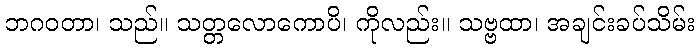
ဘဂဝတာ၊ သည်။ သတ္တလောကောပိ၊ ကိုလည်း။ သဗ္ဗထာ၊ အချင်းခပ်သိမ်း